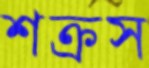
শক্রস